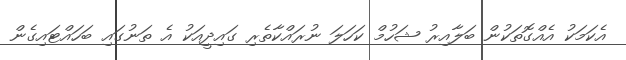
އެކަމަކު އެއްގޮތަކުން ބަލާއިރު ޝަހުމް ކަހަލަ ނުރައްކާތެރި ގައިދީއަކު އެ ތަނުގައި ބަހައްޓައިގެން